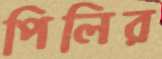
পিলির